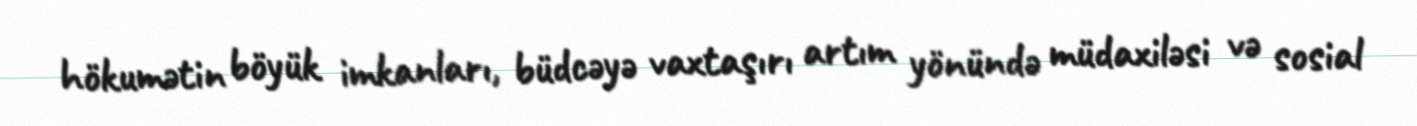
hökumətin böyük imkanları, büdcəyə vaxtaşırı artım yönündə müdaxiləsi və sosial